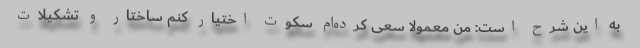
به این شرح است: من معمولا سعی کرده‌ام سکوت اختیار کنم ساختار و تشکیلات